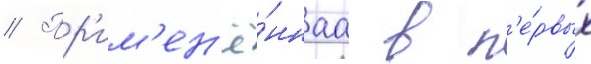
// Пр'им'ен'ё́ннаа в п'е́рвых